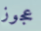
عجوز